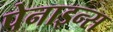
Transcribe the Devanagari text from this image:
पेनाइन्स